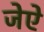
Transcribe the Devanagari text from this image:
जेऐ